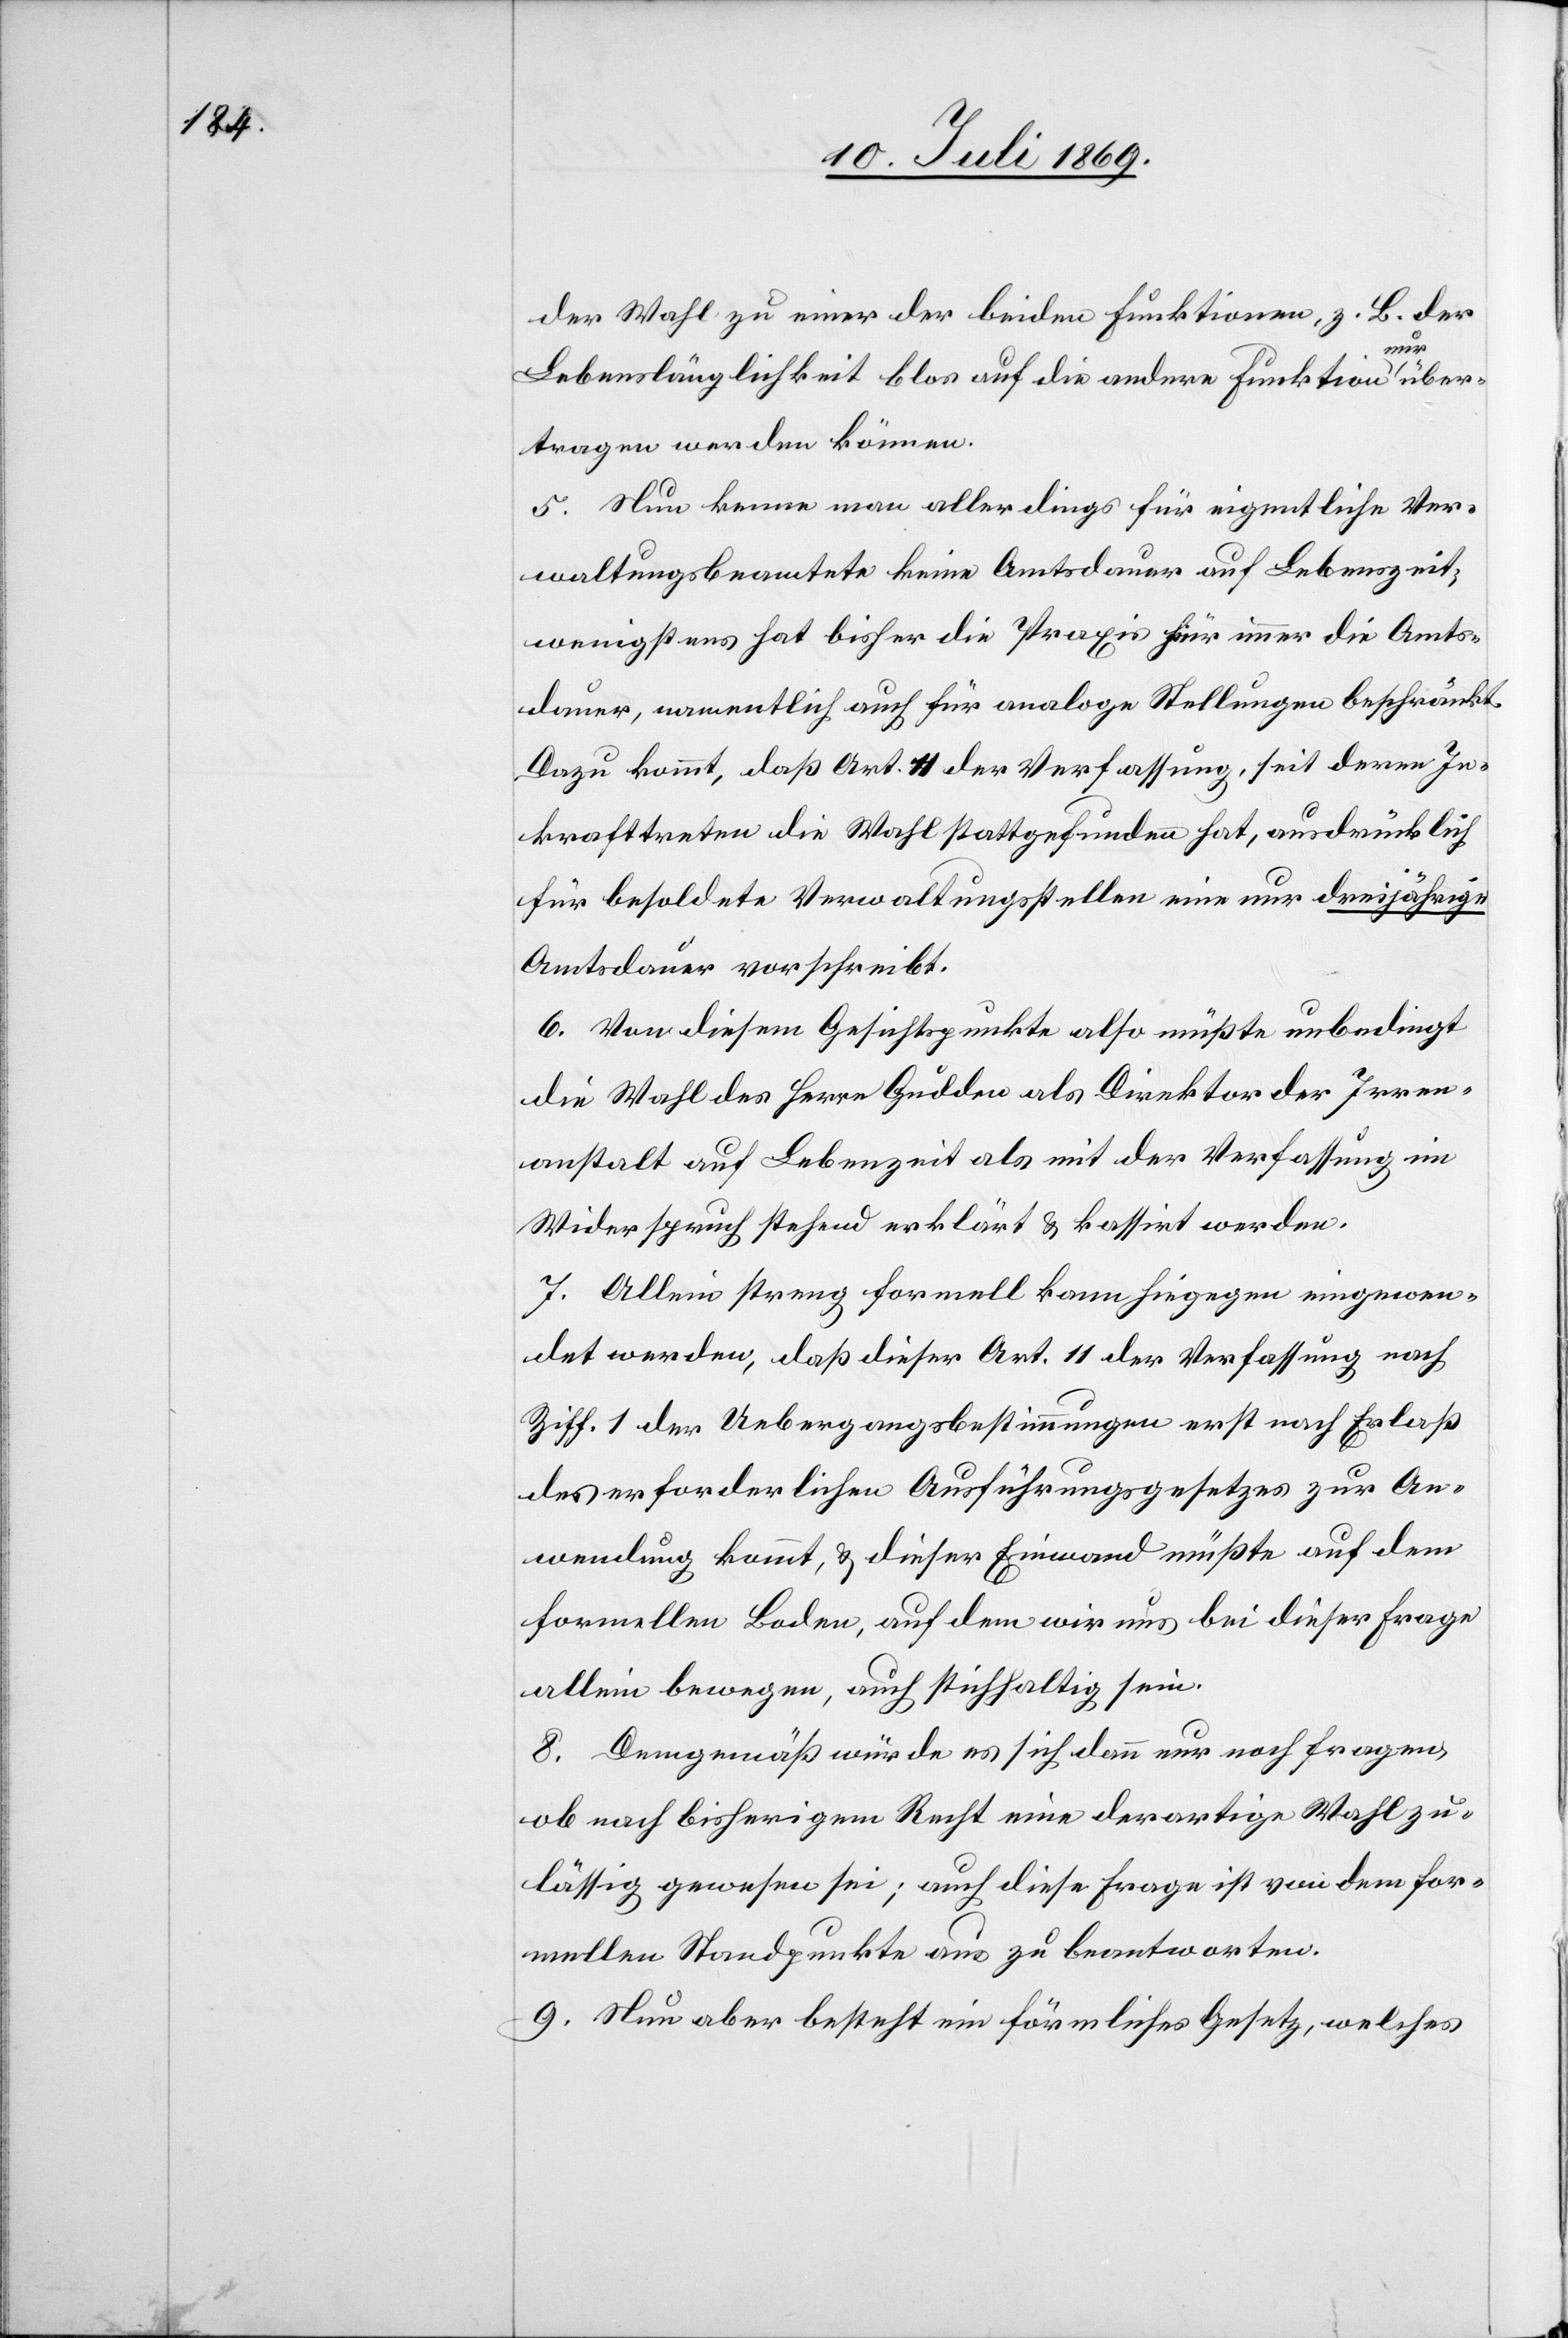
der Wahl zu einer der beiden Funktionen, z. B. der
Lebenslänglichkeit blos auf die andere Funktion nur über¬
tragen werden können.
5. Nun kenne man allerdings für eigentliche Ver¬
waltungsbeamtete keine Amtsdauer auf Lebenszeit,
wenigstens hat bisher die Praxis für immer die Amts¬
dauer, namentlich auch für analoge Stellungen beschränkt.
Dazu kommt, daß Art. 11 der Verfassung, seit deren In¬
krafttreten die Wahl stattgefunden hat, ausdrücklich
für besoldete Verwaltungsstellen eine nur dreijährige
Amtsdauer vorschreibt.
6. Von diesem Gesichtspunkte also müßte unbedingt
die Wahl des Herrn Gudden als Direktor der Irren¬
anstalt auf Lebenszeit als mit der Verfassung im
Widerspruch stehend erklärt u. kassirt werden.
7. Allein streng formell kann hingegen eingewen¬
det werden, daß dieser Art. 11 der Verfassung nach
Ziff. 1 der Uebergangsbestimmungen erst nach Erlaß
des erforderlichen Ausführungsgesetzes zur An¬
wendung kommt, u. dieser Einwand müßte auf dem
formellen Boden, auf dem wir uns bei dieser Frage
allein bewegen, auch stichhaltig sein.
8. Demgemäß würde es sich dann nur noch fragen,
ob nach bisherigem Recht eine derartige Wahl zu¬
lässig gewesen sei; auch diese Frage ist von dem for¬
mellen Standpunkte aus zu beantworten.
9. Nun aber besteht ein förmliches Gesetz, welches